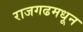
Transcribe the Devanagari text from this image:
राजगढमधून